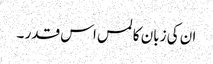
ان کی زبان کا لمس اس قدر ۔